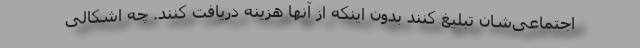
اجتماعی‌شان تبلیغ کنند بدون اینکه از آنها هزینه دریافت کنند. چه اشکالی